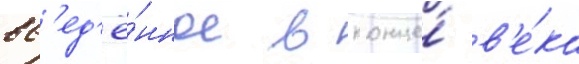
вв'ед'ё́нное в конце́ в'е́ка